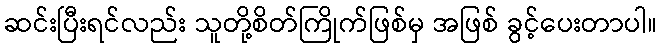
ဆင်းပြီးရင်လည်း သူတို့စိတ်ကြိုက်ဖြစ်မှ အဖြစ် ခွင့်ပေးတာပါ။